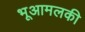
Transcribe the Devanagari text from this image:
भूआमलकी